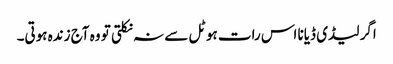
اگر لیڈی ڈیانا اس رات ہوٹل سے نہ نکلتی تو وہ آج زندہ ہوتی۔